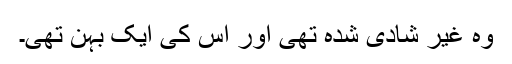
وہ غیر شادی شدہ تھی اور اس کی ایک بہن تھی۔